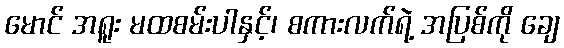
မောင် အရူး မထစမ်းပါနှင့်၊ စကားလက်ရဲ့ အပြစ်ကို ချေ